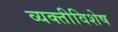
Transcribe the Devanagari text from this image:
व्यक्तीविशेष